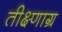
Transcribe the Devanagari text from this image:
तीक्ष्णाग्र